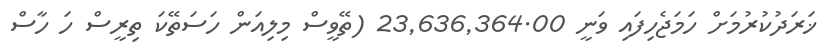
ޚަރަދުކުރުމަށް ހަމަޖެހިފައި ވަނީ 23